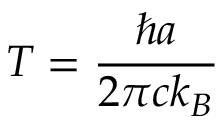
T = { \frac { \hbar a } { 2 \pi c k _ { B } } }